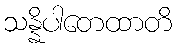
သန္နိပါတေထာတိ